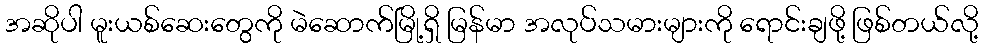
အဆိုပါ မူးယစ်ဆေးတွေကို မဲဆောက်မြို့ရှိ မြန်မာ အလုပ်သမားများကို ရောင်းချဖို့ ဖြစ်တယ်လို့